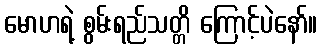
မောဟရဲ့ စွမ်းရည်သတ္တိ ကြောင့်ပဲနော်။